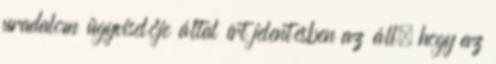
uradalom ügyviselője által írt jelentésben az áll, hogy az